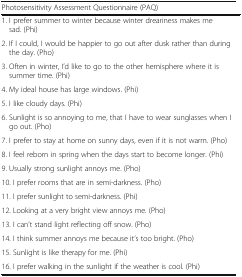
<table><thead><tr><td><b>Photosensitivity Assessment Questionnaire (PAQ)</b></td><td></td></tr></thead><tbody><tr><td>1. I prefer summer to winter because winter dreariness makes me sad. (Phi)</td><td></td></tr><tr><td>2. If I could, I would be happier to go out after dusk rather than during the day. (Pho)</td><td></td></tr><tr><td>3. Often in winter, I’d like to go to the other hemisphere where it is summer time. (Phi)</td><td></td></tr><tr><td>4. My ideal house has large windows. (Phi)</td><td></td></tr><tr><td>5. I like cloudy days. (Phi)</td><td></td></tr><tr><td>6. Sunlight is so annoying to me, that I have to wear sunglasses when I go out. (Pho)</td><td></td></tr><tr><td>7. I prefer to stay at home on sunny days, even if it is not warm. (Pho)</td><td></td></tr><tr><td>8. I feel reborn in spring when the days start to become longer. (Phi)</td><td></td></tr><tr><td>9. Usually strong sunlight annoys me. (Pho)</td><td></td></tr><tr><td>10. I prefer rooms that are in semi-darkness. (Pho)</td><td></td></tr><tr><td>11. I prefer sunlight to semi-darkness. (Phi)</td><td></td></tr><tr><td>12. Looking at a very bright view annoys me. (Pho)</td><td></td></tr><tr><td>13. I can’t stand light reflecting off snow. (Pho)</td><td></td></tr><tr><td>14. I think summer annoys me because it’s too bright. (Pho)</td><td></td></tr><tr><td>15. Sunlight is like therapy for me. (Phi)</td><td></td></tr><tr><td>16. I prefer walking in the sunlight if the weather is cool. (Phi)</td><td></td></tr></tbody></table>